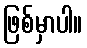
ဖြစ်မှာပါ။